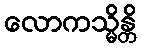
လောကသ္မိန္တိ